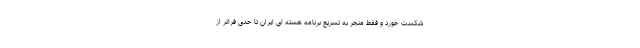
شکست خورد و فقط منجر به تسریع برنامه هسته ای ایران تا حدی فراتر از